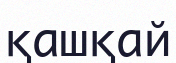
қашқай